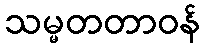
သမ္မတတာဝန်